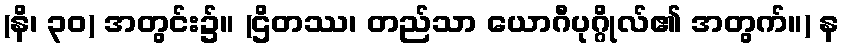
(နိ၊ ၃၀) အတွင်း၌။ (ဌိတဿ၊ တည်သာ ယောဂီပုဂ္ဂိုလ်၏ အတွက်။) န